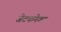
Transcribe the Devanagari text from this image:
जॆटकनेक्ट